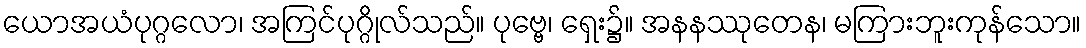
ယောအယံပုဂ္ဂလော၊ အကြင်ပုဂ္ဂိုလ်သည်။ ပုဗ္ဗေ၊ ရှေး၌။ အနနဿုတေန၊ မကြားဘူးကုန်သော။